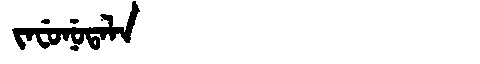
Manchu: ᠵᠠᠸᡠᠨᡠᡨᠠᠯᠠ
Romanization: JAFUNUTALA